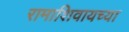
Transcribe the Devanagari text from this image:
रामाशिवायच्या